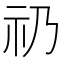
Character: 礽